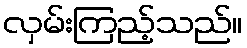
လှမ်းကြည့်သည်။